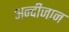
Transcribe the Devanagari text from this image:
अन्दीजान